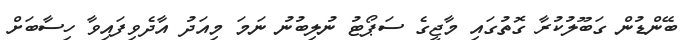
ބޭންޑުން ގަބޫލުކުރާ ގޮތުގައި މާޖީގެ ސަޕޯޓު ނުލިބުނު ނަމަ މިއަދު އާދެވިފައިވާ ހިސާބަށް